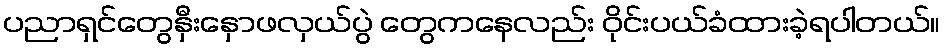
ပညာရှင်တွေနှီးနှောဖလှယ်ပွဲ တွေကနေလည်း ဝိုင်းပယ်ခံထားခဲ့ရပါတယ်။